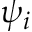
\psi _ { i }